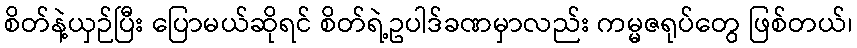
စိတ်နဲ့ယှဉ်ပြီး ပြောမယ်ဆိုရင် စိတ်ရဲ့ဥပါဒ်ခဏမှာလည်း ကမ္မဇရုပ်တွေ ဖြစ်တယ်၊